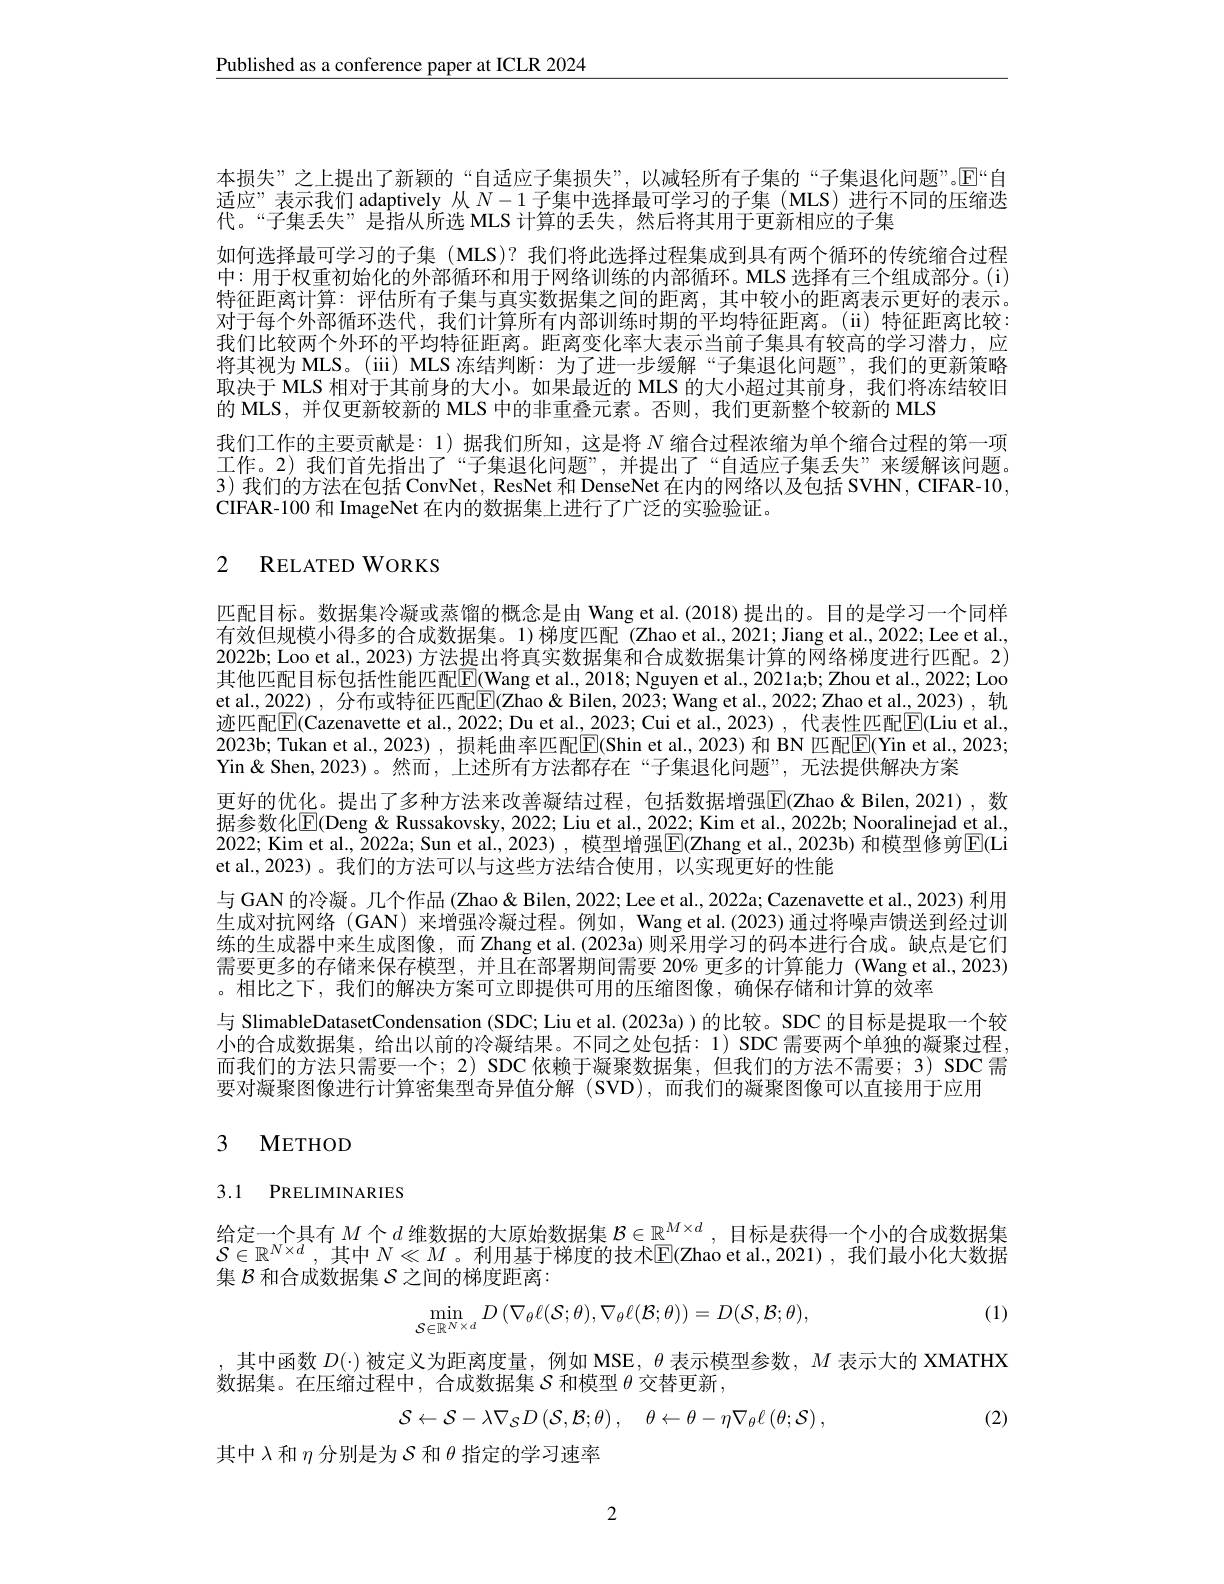
$\underline{\text{Published as a conference paper at ICLR 2024}}$

本损失”之上提出了新颖的“自适应子集损失”,以减轻所有子集的“子集退化问题”。$\mathbb{E}$“自适应”表示我们 adaptively 从$N-1$子集中选择最可学习的子集(MLS)进行不同的压缩迭代。“子集丢失”是指从所选 MLS 计算的丢失，然后将其用于更新相应的子集
如何选择最可学习的子集 (MLS)? 我们将此选择过程集成到具有两个循环的传统缩合过程中：用于权重初始化的外部循环和用于网络训练的内部循环。MLS 选择有三个组成部分。(i) 特征距离计算：评估所有子集与真实数据集之间的距离，其中较小的距离表示更好的表示。对于每个外部循环迭代，我们计算所有内部训练时期的平均特征距离。(ii) 特征距离比较： 我们比较两个外环的平均特征距离。距离变化率大表示当前子集具有较高的学习潜力，应将其视为 MLS。(iii) MLS 冻结判断：为了进一步缓解“子集退化问题”,我们的更新策略取决于 MLS 相对于其前身的大小。如果最近的 MLS 的大小超过其前身，我们将冻结较旧的 MLS, 并仅更新较新的 MLS 中的非重叠元素。否则，我们更新整个较新的 MLS
我们工作的主要贡献是：1)据我们所知，这是将$N$缩合过程浓缩为单个缩合过程的第一项工作。2)我们首先指出了“子集退化问题”,并提出了“自适应子集丢失”来缓解该问题。3) 我们的方法在包括 ConvNet, ResNet 和 DenseNet 在内的网络以及包括 SVHN, CIFAR-10, CIFAR-100 和 ImageNet 在内的数据集上进行了广泛的实验验证。

# 2 RELATED WORKS

匹配目标。数据集冷凝或蒸馏的概念是由 Wang et al.(2018) 提出的。目的是学习一个同样有效但规模小得多的合成数据集。1)梯度匹配(Zhao et al.,2021; Jiang et al., 2022; Lee et al. 2022b; Loo et al., 2023) 方法提出将真实数据集和合成数据集计算的网络梯度进行匹配。2) 其他匹配目标包括性能匹配$\boxed{\mathrm{F}}($Wang et al., 2018; Nguyen et al., 2021a;b; Zhou et al., 2022; Loo et al., 2022), 分布或特征匹配$\boxed{\mathrm{F}}($Zhao& Bilen, 2023; Wang et al., 2022; Zhao et al., 2023), 轨迹匹配$\boxed{\mathrm{F}}($Cazenavette et al., 2022; Du et al., 2023; Cui et al., 2023), 代表性匹配$\boxed{\mathrm{F}}($Liu et al., 2023b; Tukan et al., 2023), 损耗曲率匹配$\boxed{\mathrm{E}}($Shin et al., 2023) 和 BN 匹配$\boxed{\mathrm{E}}($Yin et al., 2023; Yin& Shen, 2023)。然而，上述所有方法都存在“子集退化问题”,无法提供解决方案
更好的优化。提出了多种方法来改善凝结过程，包括数据增强$\boxed{\mathrm{F}}($Zhao & Bilen, 2021),数据参数化$\mathbb{E}($Deng & Russakovsky, 2022; Liu et al., 2022; Kim et al., 2022b; Nooralinejad et al., 2022; Kim et al., 2022a; Sun et al., 2023) , 模型增强$\boxed{\mathrm{E}}($Zhang et al., 2023b) 和模型修剪$\boxed{\mathrm{E}}($Li et al.,2023)。我们的方法可以与这些方法结合使用，以实现更好的性能
与 GAN 的冷凝。几个作品 (Zhao & Bilen, 2022; Lee et al., 2022a; Cazenavette et al., 2023) 利用生成对抗网络 (GAN) 来增强冷凝过程。例如，Wang et al.(2023) 通过将噪声馈送到经过训练的生成器中来生成图像，而 Zhang et al.(2023a)则采用学习的码本进行合成。缺点是它们需要更多的存储来保存模型，并且在部署期间需要 20% 更多的计算能力 (Wang et al., 2023) 。相比之下，我们的解决方案可立即提供可用的压缩图像，确保存储和计算的效率
与 SlimableDatasetCondensation (SDC; Liu et al. (2023a)) 的比较。SDC 的目标是提取一个较小的合成数据集，给出以前的冷凝结果。不同之处包括：1) SDC 需要两个单独的凝聚过程而我们的方法只需要一个；2) SDC 依赖于凝聚数据集，但我们的方法不需要；3) SDC 需要对凝聚图像进行计算密集型奇异值分解 (SVD),而我们的凝聚图像可以直接用于应用

# 3 METHOD

# 3.1 PRELIMINARIES

给定一个具有$M$个$d$ 维数据的大原始数据集 $\mathcal{B}\in\mathbb{R}^M\times d$ ,目标是获得一个小的合成数据集$\begin{aligned}\mathcal{S}\in\mathbb{R}^{N\times d},\text{其中 }N\ll M\text{。利用基于梯度的技术}\mathbb{E}(\text{Zhao et al.,2021),我们最小化大数据}\\\text{年 }\mathcal{R}^{N\times d},\text{ 其中 }N\ll M\text{。利用基于梯度的技术}\mathbb{E}(\text{Zhao et al.,2021),我们最小化大数据}\end{aligned}$ 集$\mathcal{B}$和合成数据集$\mathcal{S}$之间的梯度距离：
$$\min_{\mathcal{S}\in\mathbb{R}^{N\times d}}D\left(\nabla_{\theta}\ell(\mathcal{S};\theta),\nabla_{\theta}\ell(\mathcal{B};\theta)\right)=D(\mathcal{S},\mathcal{B};\theta),$$
(1)

,其中函数$D(\cdot)$被定义为距离度量，例如 MSE, $\theta$表示模型参数，$M$表示大的 XMATHX
数据集。在压缩过程中，合成数据集$S$和模型$\theta$交替更新
$$\mathcal{S}\leftarrow\mathcal{S}-\lambda\nabla_{\mathcal{S}}D\left(\mathcal{S},\mathcal{B};\theta\right),\quad\theta\leftarrow\theta-\eta\nabla_{\theta}\ell\left(\theta;\mathcal{S}\right),$$
(2)

其中$\lambda$和$\eta$分别是为$\mathcal{S}$和$\theta$指定的学习速率

2